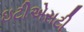
ઇટીએસટી